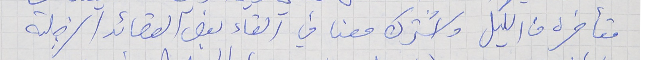
متأخره من  الليل واشترك معنا في القاء بعض القصائد الزجلىة